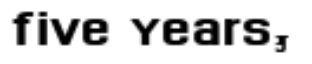
five years,